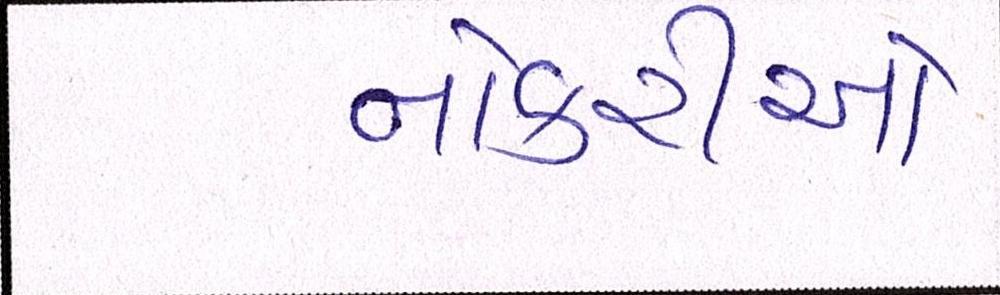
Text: નોકરીઓ